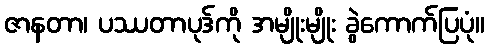
ဇာနတာ၊ ပဿတာပုဒ်ကို အမျိုးမျိုး ခွဲကောက်ပြပုံ။